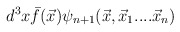
\begin{align*}d^{3}x\bar{f}(\vec{x})\psi _{n+1}(\vec{x},\vec{x}_{1}....\vec{x}_{n})\end{align*}